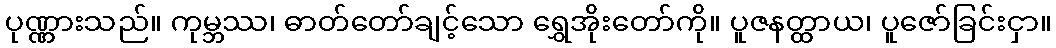
ပုဏ္ဏားသည်။ ကုမ္ဘဿ၊ ဓာတ်တော်ချင့်သော ရွှေအိုးတော်ကို။ ပူဇနတ္ထာယ၊ ပူဇော်ခြင်းငှာ။